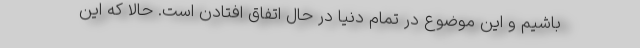
باشیم و این موضوع در تمام دنیا در حال اتفاق افتادن است. حالا که این